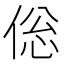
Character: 倊